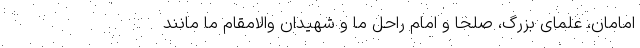
امامان، علمای بزرگ، صلحا و امام راحل ما و شهیدان والامقام ما مانند